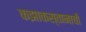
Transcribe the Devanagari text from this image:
कझाकस्तानाची